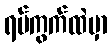
ရပ်ကွက်ထဲမှာ